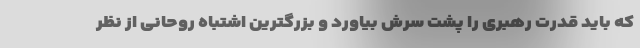
که باید قدرت رهبری را پشت سرش بیاورد و بزرگترین اشتباه روحانی از نظر